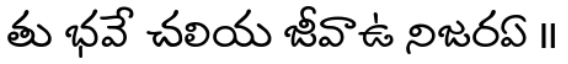
తు భవే చలియ జీవాఉ నిజరఏ ॥